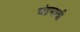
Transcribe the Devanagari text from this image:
चंद्रमाथी